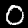
Digit: 0